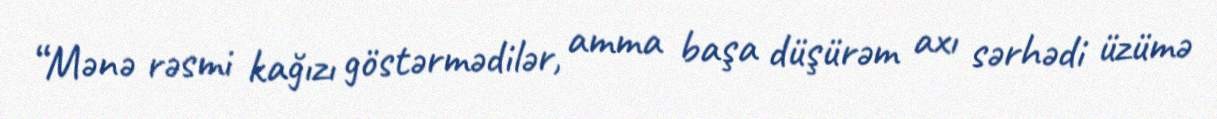
“Mənə rəsmi kağızı göstərmədilər, amma başa düşürəm axı sərhədi üzümə